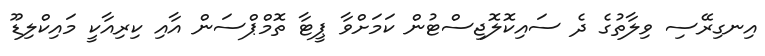
އިނގިރޭސި ވިލާތުގެ ދެ ސައިކޮލޮޖިސްޓުން ކަމަށްވާ ޕީޓާ ތޮމްޕްސަން އާއި ކިރިއާކީ މައިކްލިޑޫ